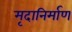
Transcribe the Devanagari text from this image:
मृदानिर्माण